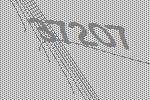
37207